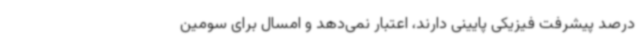
درصد پیشرفت فیزیکی پایینی دارند، اعتبار نمی‌دهد و امسال برای سومین